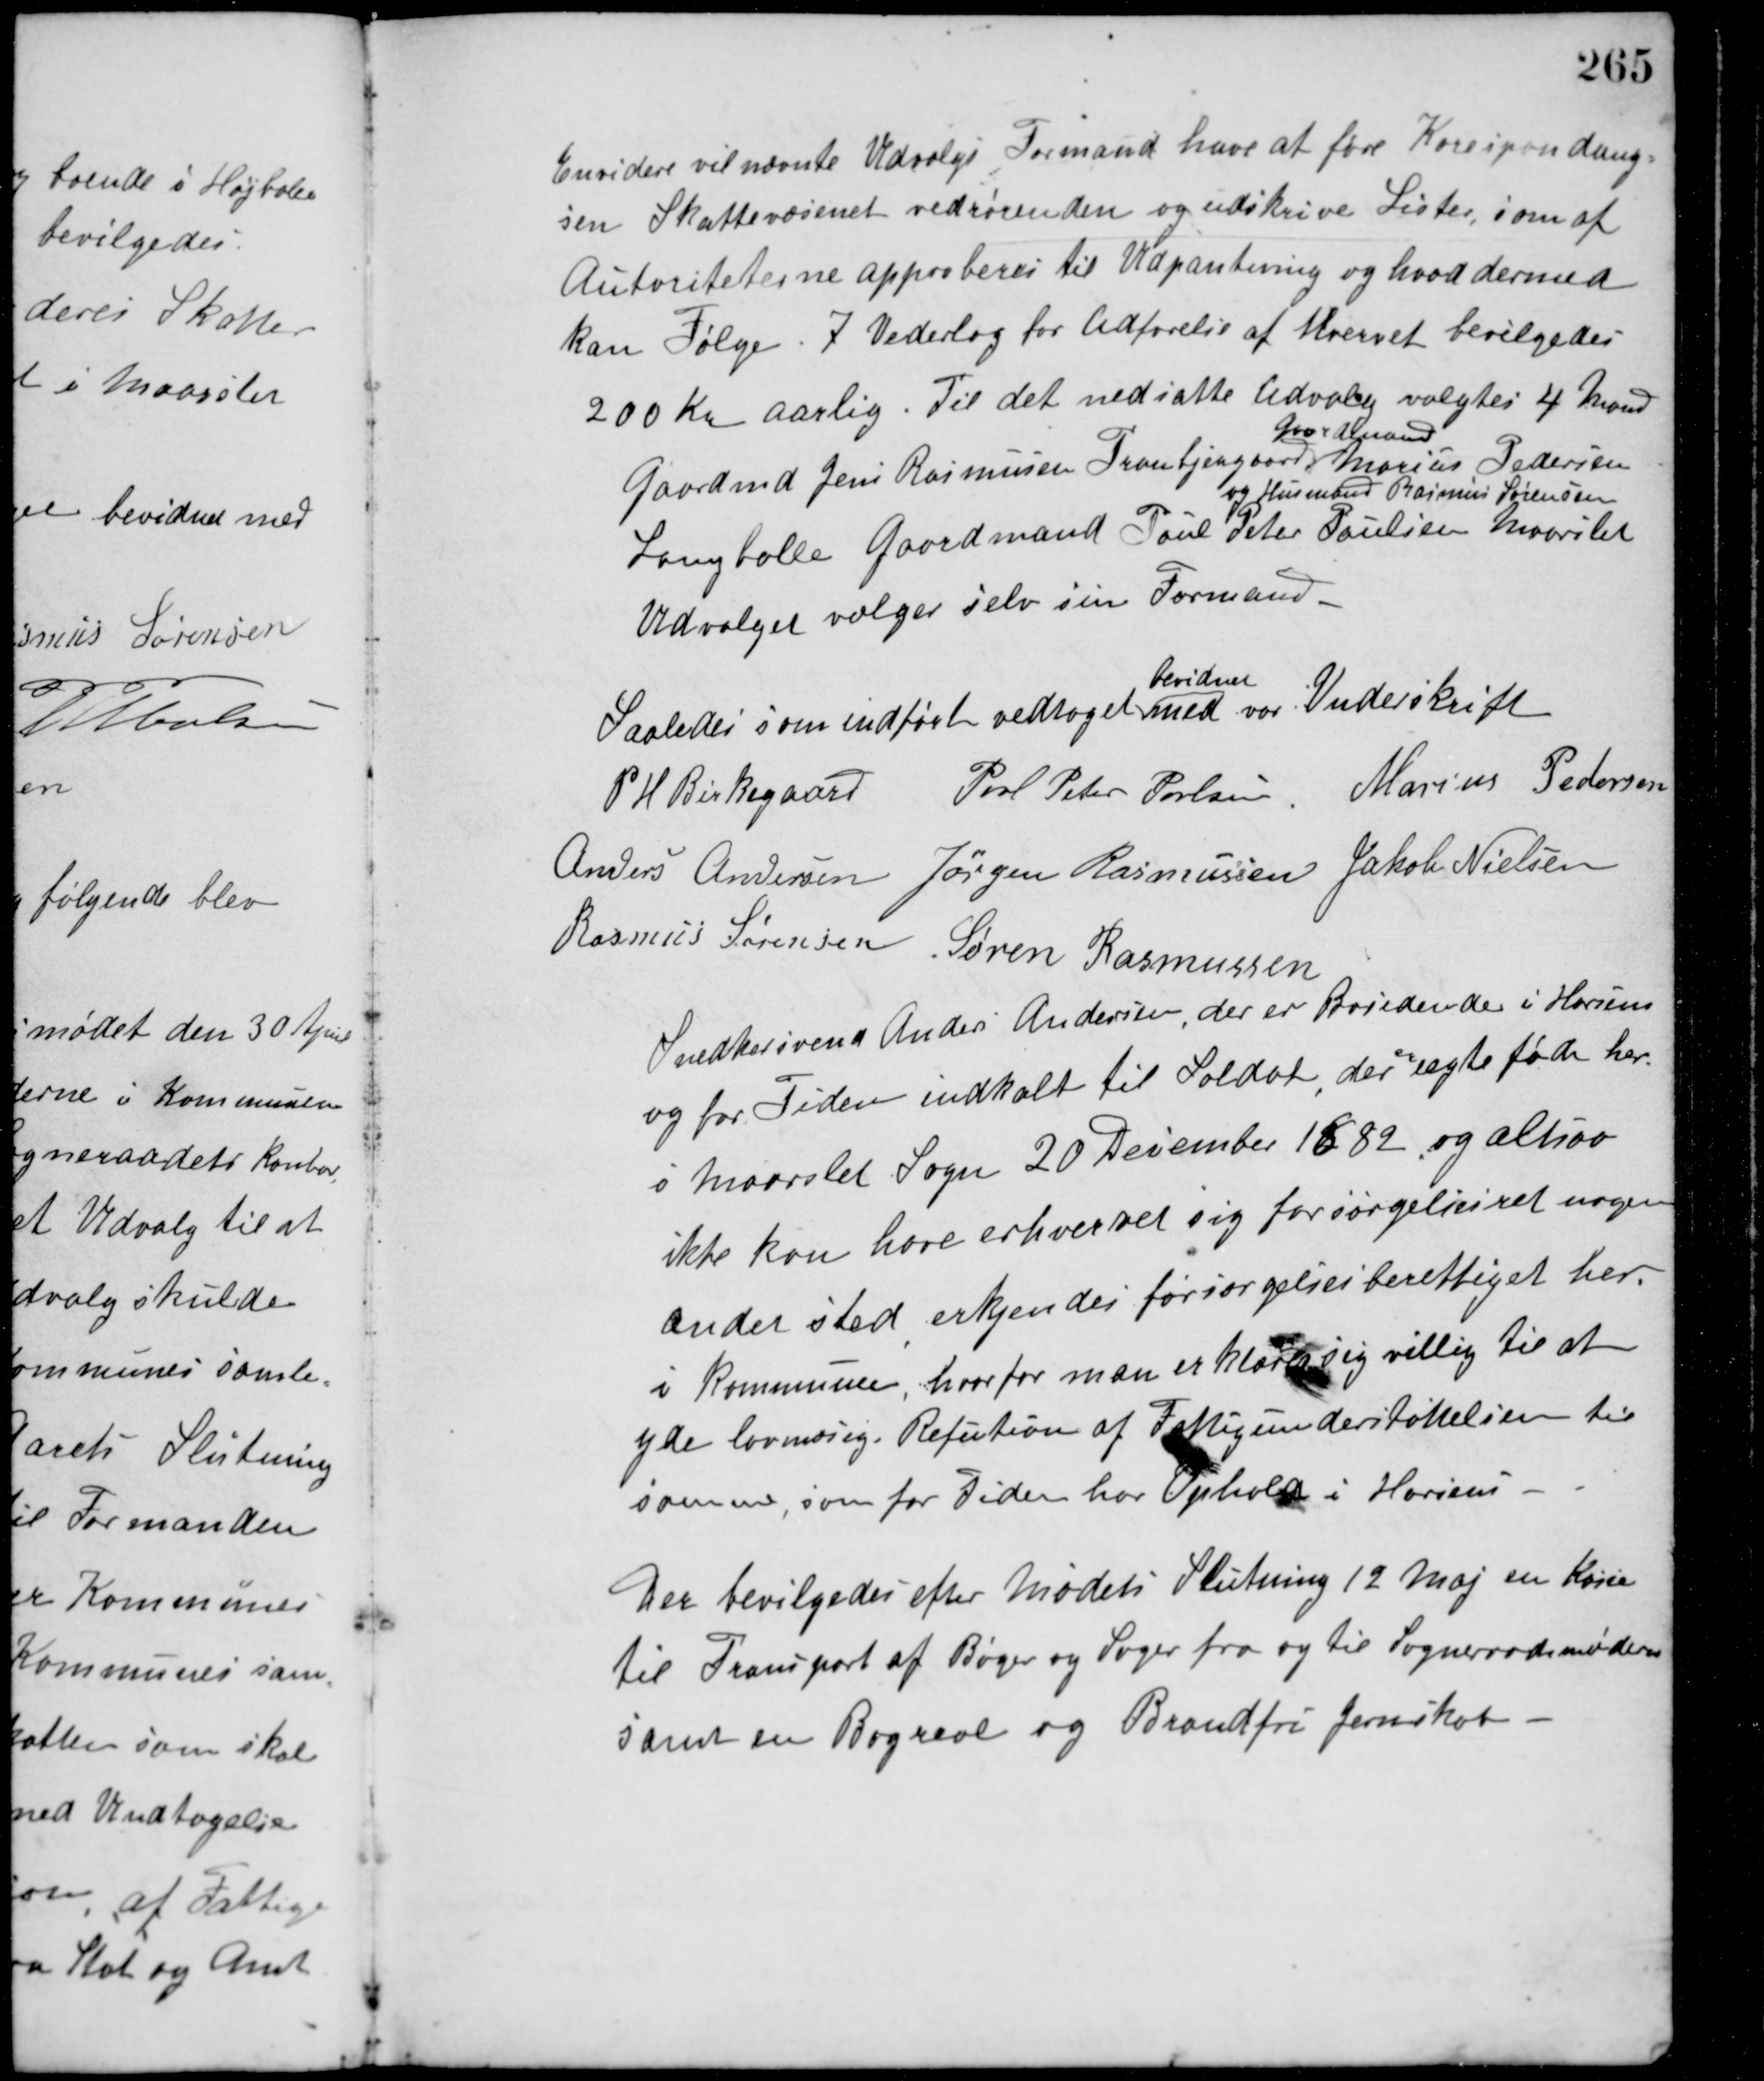
Transskription:
Envidere vil nævnte Udvalgs Formand have at føre Korespondang-
sen Skattevæsenet vedrørenden og udskrive Lister, som af
Autoriteterne approberes til Udpantning og hvad dermed
kan Følge. I Vederlag for Udførelse af hvervet bevilgedes
200 Kr. aarlig. Til det nedsatte Udvalg valgtes 4 Mand
Gaardmd. Jens Rasmussen Tranbjergaard
Gaardmand
Marius Pedersen
og Husmand Rasmus Sørensen
Langballe Gaardmand Poul Peter Poulsen Maarslet
Udvalget vælger selv sin Formand.
Saaledes som indført vedtaget
bevidnes
med vor Underskrift
P. H. Birkegaard Poul Peter Poulsen Marius Pedersen
Anders Andersen Jørgen Rasmussen Jakob Nielsen
Rasmus Sørensen Søren Rasmussen
Snedkersvend Anders Andersen, der er Bosidende i Horsens
og for Tiden indkalt til Soldat, der
er
uægte født her
i Maarslet Sogn 20 December 1882, og altsaa
ikke kan have erhvervet sig forsørgelsesret nogen
andet sted erkjendes forsørgelsesberettiget her
i Kommunen, hvorfor man erklærer sig villig til at
yde lovmæsig. Refution af Fattigunderstøttelsen til
samme, som for Tiden har Ophold i Horsens.
Der bevilgedes efter Mødets Slutning 12 Maj en Kørsel
til Transport af Bøger og Sager fra og til Sogneraadsmøderne
samt en Bogreol og Brandfri Jernskab.